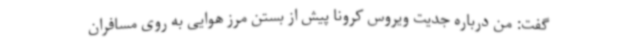
گفت: من درباره جدیت ویروس کرونا پیش از بستن مرز هوایی به روی مسافران